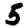
Digit: 5